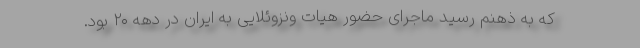
که به ذهنم رسید ماجرای حضور هیات ونزوئلایی به ایران در دهه ۲۰ بود.